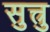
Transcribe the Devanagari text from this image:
सुत्त्रु